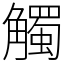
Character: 觸